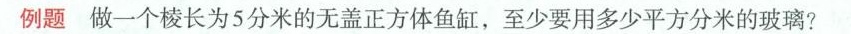
例题 做一个棱长为5分米的无盖正方体鱼缸，至少要用多少平方分米的玻璃?